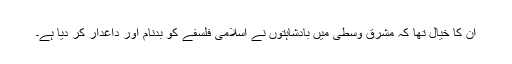
ان کا خیال تھا کہ مشرق وسطیٰ میں بادشاہتوں نے اسلامی فلسفے کو بدنام اور داغدار کر دیا ہے۔